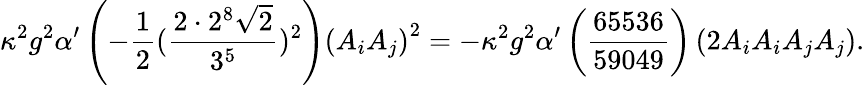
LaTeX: \kappa^{2}g^{2}\alpha^{\prime}\left(-\frac{1}{2}(\frac{2\cdot 2^{8}\sqrt{2}}{3^{5}})^{2}\right)\left(A_{i}A_{j}\right)^{2}=-\kappa^{2}g^{2}\alpha^{\prime}\left(\frac{65536}{59049}\right)\left(2A_{i}A_{i}A_{j}A_{j}\right).